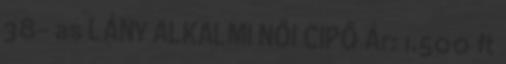
38- as LÁNY ALKALMI NŐI CIPŐ Ár: 1.500 ft